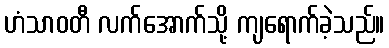
ဟံသာဝတီ လက်အောက်သို့ ကျရောက်ခဲ့သည်။